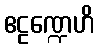
ဧဠဏ္ဍေဟိ